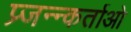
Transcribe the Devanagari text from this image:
प्र्जन्न्कर्ताओ